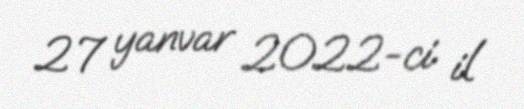
27 yanvar 2022-ci il